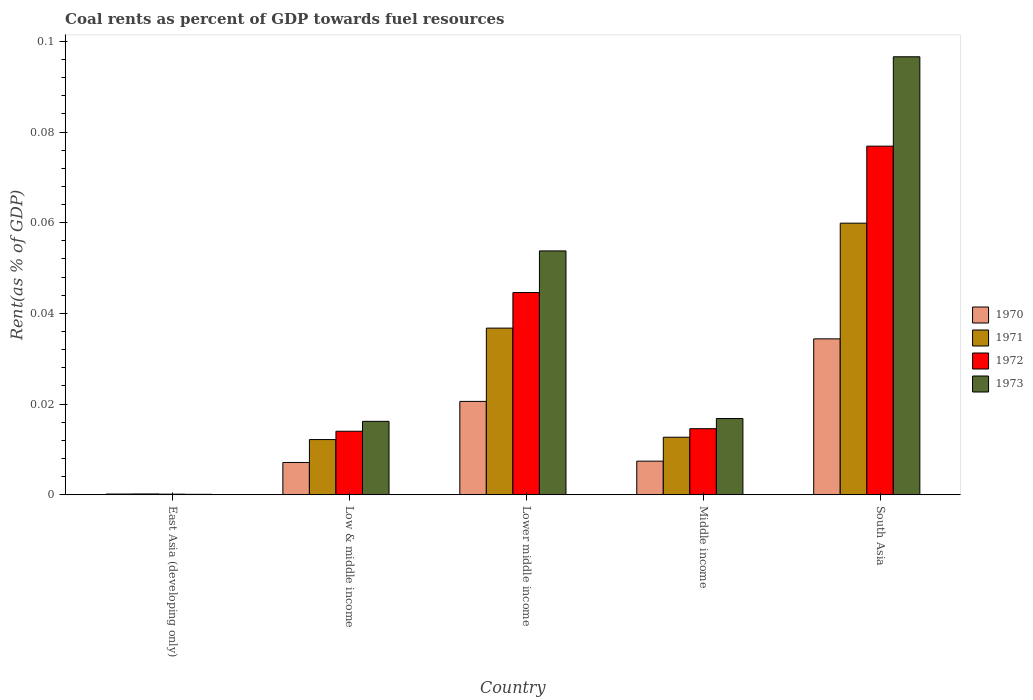
| Country | 1970 | 1971 | 1972 | 1973 |
 | --- | --- | --- | --- | --- |
 | East Asia (developing only) | 0.000167 | 0.000187 | 0.000138 | 0.000103 |
 | Low & middle income | 0.00713 | 0.0122 | 0.014 | 0.0162 |
 | Lower middle income | 0.0206 | 0.0368 | 0.0446 | 0.0538 |
 | Middle income | 0.00742 | 0.0127 | 0.0146 | 0.0168 |
 | South Asia | 0.0344 | 0.0599 | 0.0769 | 0.0966 |